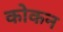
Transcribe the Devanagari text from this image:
कोकन